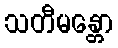
သတီမန္တော